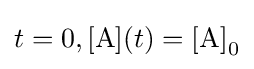
t=0,{\ce {[A]}}(t)={\ce {[A]}}_{0}